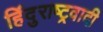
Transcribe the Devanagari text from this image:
हिंदुराष्ट्रवादी